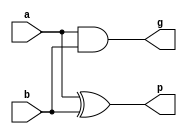
`timescale 1ns / 1ps

module PG (
				input a , b,
				output p, g
				);
				
	and (g, a, b);
	xor (p, a, b);
	
endmodule